Reports on dispensaries and lunatic asylums in the Province of Oudh - 1869-1876
Year: 1869
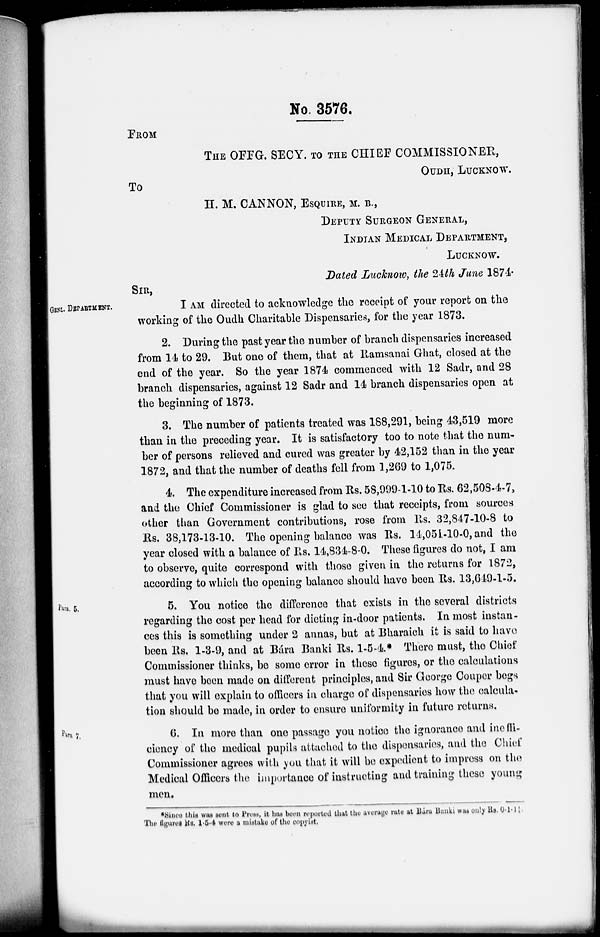
No. 3576.
FROM
THE OFFG. SECY. TO THE CHIEF COMMISSIONER,
OUDH, LUCKNOW.
To
H. M. CANNON, ESQUIRE, M. B.,
DEPUTY SURGEON GENERAL,
INDIAN MEDICAL DEPARTMENT,
LUCKNOW.
Dated Lucknow, the 24th June 1874.
GENL. DEPARTMENT.
SIR,
I AM directed to acknowledge the receipt of your report on the
working of the Oudh Charitable Dispensaries, for the year 1873.
2. During the past year the number of branch dispensaries increased
from 14 to 29. But one of them, that at Ramsanai Ghat, closed at the
end of the year. So the year 1874 commenced with 12 Sadr, and 28
branch dispensaries, against 12 Sadr and 14 branch dispensaries open at
the beginning of 1873.
3. The number of patients treated was 188,291, being 43,519 more
than in the preceding year. It is satisfactory too to note that the num-
ber of persons relieved and cured was greater by 42,152 than in the year
1872, and that the number of deaths fell from 1,269 to 1,075.
4. The expenditure increased from Rs. 58,999-1-10 to Rs. 62,508-4-7,
and the Chief Commissioner is glad to see that receipts, from sources
other than Government contributions, rose from Rs. 32,847-10-8 to
Rs. 38,173-13-10. The opening balance was Rs. 14,051-10-0, and the
year closed with a balance of Rs. 14,834-8-0. These figures do not, I am
to observe, quite correspond with those given in the returns for 1872,
according to which the opening balance should have been Rs. 13,649-1-5.
Para. 5.
5. You notice the difference that exists in the several districts
regarding the cost per head for dieting in-door patients. In most instan-
ces this is something under 2 annas, but at Bharaich it is said to have
been Rs. 1-3-9, and at Bára Banki Rs. 1-5-4.* There must, the Chief
Commissioner thinks, be some error in these figures, or the calculations
must have been made on different principles, and Sir George Couper begs
that you will explain to officers in charge of dispensaries how the calcula-
tion should be made, in order to ensure uniformity in future returns.
Para. 7.
6. In more than one passage you notice the ignorance and ineffi-
ciency of the medical pupils attached to the dispensaries, and the Chief
Commissioner agrees with you that it will be expedient to impress on the
Medical Officers the importance of instructing and training these young
men.
*Since this was sent to Press, it has been reported that the average rate at Bára Bánki was only Rs. 0-1-1
The figures Rs. 1-5-4 were a mistake of the copyist.